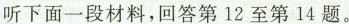
听下面一段材料，回答第12至第14题。